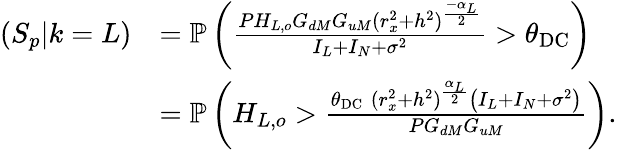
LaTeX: \begin{array}{rl}{(S_{p}|k=L)}&{=\mathbb{P}\left(\frac{PH_{L,o}G_{dM}G_{uM}(r_{x}^{2}+h^{2})^{\frac{-\alpha_{L}}{2}}}{I_{L}+I_{N}+\sigma^{2}}>\theta_{\mathrm{DC}}\right)}\\ &{=\mathbb{P}\left(H_{L,o}>\frac{\theta_{\mathrm{DC}}\; (r_{x}^{2}+h^{2})^{\frac{\alpha_{L}}{2}}\left(I_{L}+I_{N}+\sigma^{2}\right)}{PG_{dM}G_{uM}}\right).}\end{array}